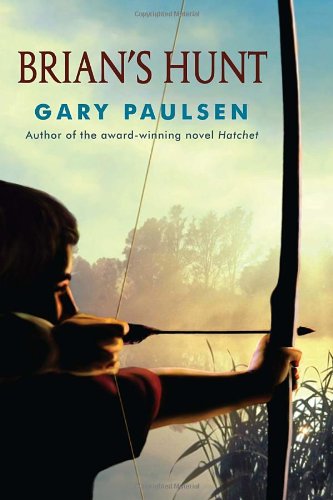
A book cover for Brian's Hunt; Gary Paulsen; Children's Books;